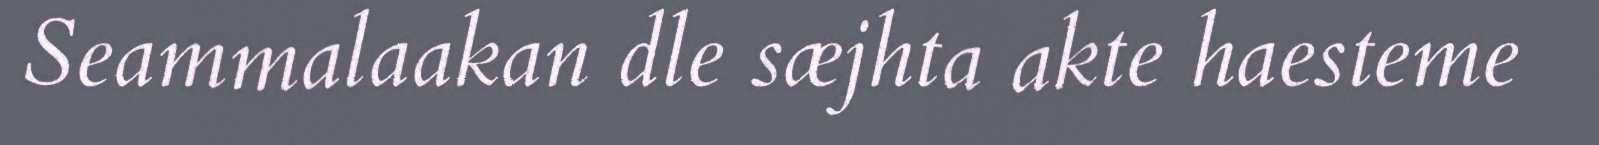
Seammalaakan dle sæjhta akte haesteme